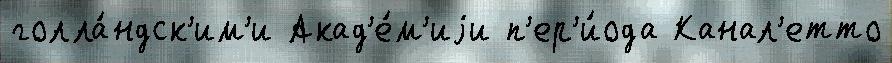
голла́ндск'им'и Акад'е́м'иjи п'ер'и́ода Канал'етто